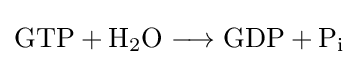
{\mathrm {GTP} {}+{}\mathrm {H} {\vphantom {A}}_{\smash[{t}]{2}}\mathrm {O} {}\mathrel {\longrightarrow } {}\mathrm {GDP} {}+{}\mathrm {P} {\vphantom {A}}_{\smash[{t}]{\mathrm {i} }}}